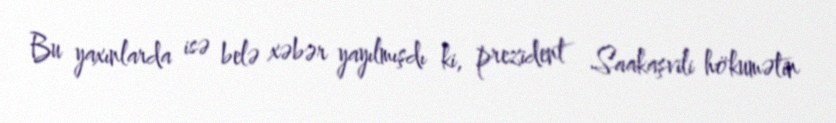
Bu yaxınlarda isə belə xəbər yayılmışdı ki, prezident Saakaşvili hökumətin